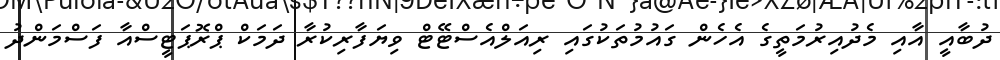
ދުބާއީ އާއި މެދުއިރުމަތީގެ އެހެން ގައުމުތަކުގައި ރިއަލްއެސްޓޭޓް ވިޔަފާރިކުރާ ދަމަކް ޕްރޮޕަޓީސްއާ ފަސްމަންދު